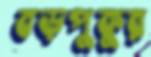
বড়পুকুর